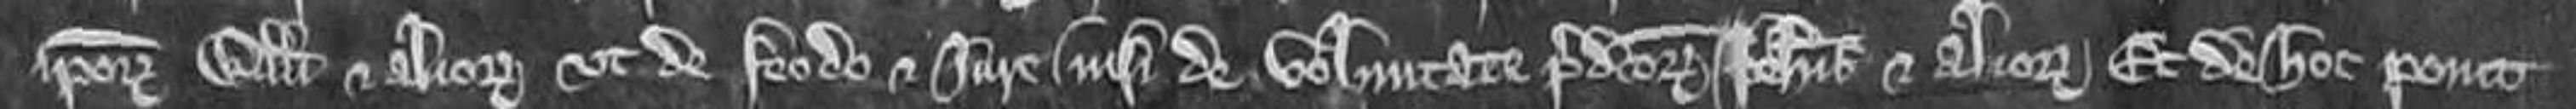
ipsorum Willelmi et aliorum ut de feodo et jure nisi de voluntate predictorum Johannis et aliorum Et de hoc ponit